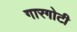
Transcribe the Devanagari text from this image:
गारगाेटी